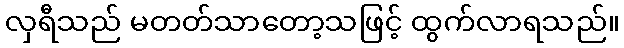
လှရီသည် မတတ်သာတော့သဖြင့် ထွက်လာရသည်။